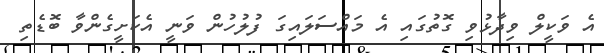
އެ ވަކީލް ވިދާޅުވި ގޮތުގައި އެ މައްސަލައިގަ ފުލުހުން ވަނީ އެކަށީގެންވާ ބޮޑެތި